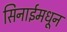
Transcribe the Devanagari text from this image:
सिनाईमधून